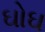
ઘોઘ